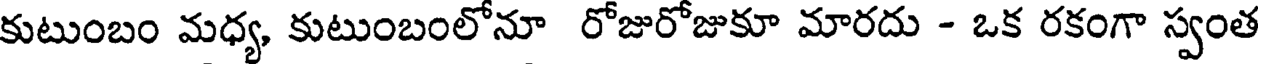
కుటుంబం మధ్య, కుటుంబంలోనూ రోజురోజుకూ మారదు - ఒక రకంగా స్వంత